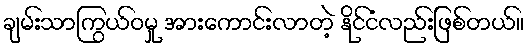
ချမ်းသာကြွယ်ဝမှု အားကောင်းလာတဲ့ နိုင်ငံလည်းဖြစ်တယ်။